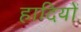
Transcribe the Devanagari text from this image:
हादियों